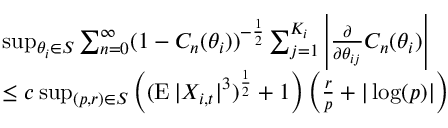
\begin{array} { r l } & { \operatorname* { s u p } _ { \theta _ { i } \in S } \sum _ { n = 0 } ^ { \infty } ( 1 - C _ { n } ( \theta _ { i } ) ) ^ { - \frac { 1 } { 2 } } \sum _ { j = 1 } ^ { K _ { i } } \left| \frac { \partial } { \partial \theta _ { i j } } C _ { n } ( \theta _ { i } ) \right| } \\ & { \leq c \operatorname* { s u p } _ { ( p , r ) \in S } \left( ( \operatorname { E } | X _ { i , t } | ^ { 3 } ) ^ { \frac { 1 } { 2 } } + 1 \right) \left( \frac { r } { p } + | \log ( p ) | \right) } \end{array}